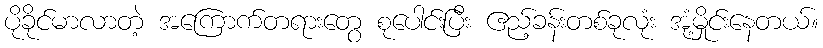
ပိုခိုင်မာလာတဲ့ အကြောက်တရားတွေ စုပေါင်းပြီး ဧည့်ခန်းတစ်ခုလုံး အုံ့မှိုင်းနေတယ်။